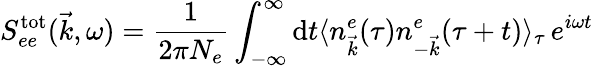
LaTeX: S_{ee}^{\mathrm{tot}}(\vec{k},\omega)=\frac{1}{2\pi N_{e}}\int_{-\infty}^{\infty}\mathrm{d}t\langle n_{\vec{k}}^{e}(\tau)n_{-\vec{k}}^{e}(\tau+t)\rangle_{\tau}\, e^{i\omega t}